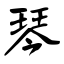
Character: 琴